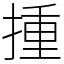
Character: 揰